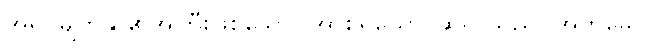
အရပ်မျက်နှာ၏အကြီးဖြစ်သော။ အာစရိယော၊ ဆရာသည်။ အဟမေဝ၊